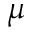
\mu